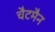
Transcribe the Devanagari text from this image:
चैटमैन